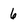
Character: 6